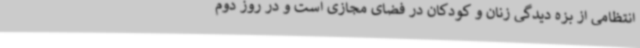
انتظامی از بزه دیدگی زنان و کودکان در فضای مجازی است و در روز دوم